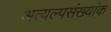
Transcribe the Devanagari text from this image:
अत्यल्पसंख्यांक